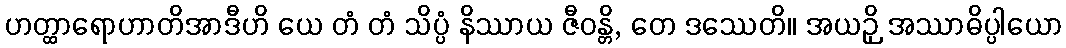
ဟတ္ထာရောဟာတိအာဒီဟိ ယေ တံ တံ သိပ္ပံ နိဿာယ ဇီဝန္တိ, တေ ဒဿေတိ။ အယဉှိ အဿာဓိပ္ပါယော